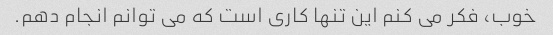
خوب، فکر می کنم این تنها کاری است که می توانم انجام دهم.